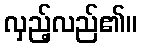
လှည့်လည်၏။